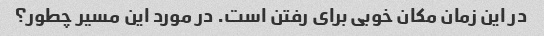
در این زمان مکان خوبی برای رفتن است. در مورد این مسیر چطور؟